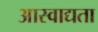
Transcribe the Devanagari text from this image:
आस्वाद्यता